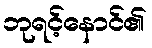
ဘုရင့်နောင်၏